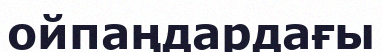
ойпаңдардағы